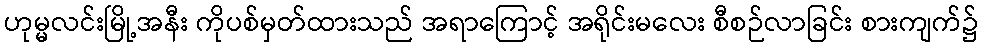
ဟုမ္မလင်းမြို့အနီး ကိုပစ်မှတ်ထားသည် အရာကြောင့် အရိုင်းမလေး စီစဉ်လာခြင်း စားကျက်၌